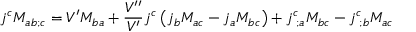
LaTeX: j ^ { c } M _ { a b ; c } = V ^ { \prime } M _ { b a } + \frac { V ^ { \prime \prime } } { V ^ { \prime } } j ^ { c } \left( j _ { b } M _ { a c } - j _ { a } M _ { b c } \right) + j _ { \; ; a } ^ { c } M _ { b c } - j _ { \; ; b } ^ { c } M _ { a c }